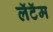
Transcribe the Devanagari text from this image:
लॅटॅम